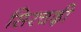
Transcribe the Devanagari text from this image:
सिरचढ़ी